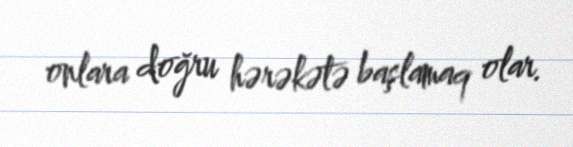
onlara doğru hərəkətə başlamaq olar.